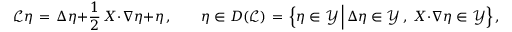
\mathcal { L } \eta \, = \, \Delta \eta + \frac { 1 } { 2 } \, X \cdot \nabla \eta + \eta \, , \qquad \eta \in D ( \mathcal { L } ) \, = \, \Bigl \{ \eta \in \mathcal { Y } \, \Big | \, \Delta \eta \in \mathcal { Y } \, , ~ X \cdot \nabla \eta \in \mathcal { Y } \Bigr \} \, ,